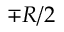
\mp R / 2